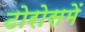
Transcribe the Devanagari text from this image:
टोरोसमें